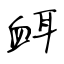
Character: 衈